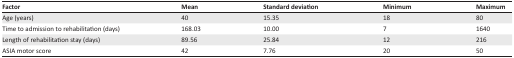
| Factor | Mean | Standard deviation | Minimum | Maximum |
 | --- | --- | --- | --- | --- |
 | Age (years) | 40 | 15.35 | 18 | 80 |
 | Time to admission to rehabilitation (days) | 168.03 | 10.00 | 7 | 1640 |
 | Length of rehabilitation stay (days) | 89.56 | 25.84 | 12 | 216 |
 | ASIA motor score | 42 | 7.76 | 20 | 50 |